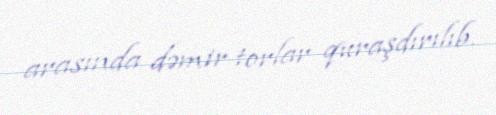
arasında dəmir torlar quraşdırılıb.